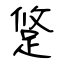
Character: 跾